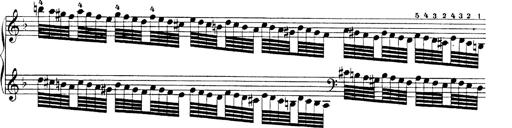
Title: Hungarian Rhapsody No.19
Composer: Franz Liszt
Key: D minor